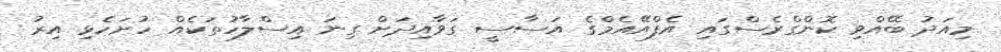
މިއަދު ބޭއްވި ކޮންގްރެސްގައި އެފްއޭއެމްގެ އަސާސީ ގަވާއިދަށް ގިނަ އިސްލާހުތަކެއް ހުށަހެޅި އިރު